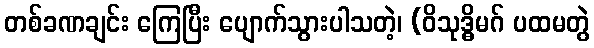
တစ်ခဏချင်း ကြေပြီး ပျောက်သွားပါသတဲ့၊ (ဝိသုဒ္ဓိမဂ် ပထမတွဲ